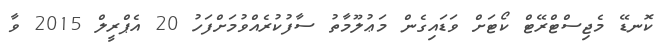
ކޮނޑޭ މެޖިސްޓްރޭޓް ކޯޓަށް ވަޑައިގެން މަޢުލޫމާތު ސާފުކުރެއްވުމަށްފަހު 20 އެޕްރީލް 2015 ވާ